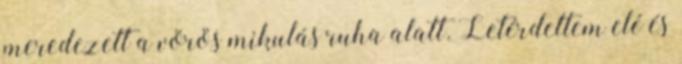
meredezett a vörös mikulás ruha alatt. Letérdeltem elé és